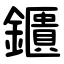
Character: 鑎